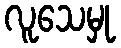
လူသေမှု